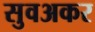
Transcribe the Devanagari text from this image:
सुवअकर